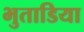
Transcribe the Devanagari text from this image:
भुताडिया